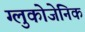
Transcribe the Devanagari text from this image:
ग्लुकोजेनिक